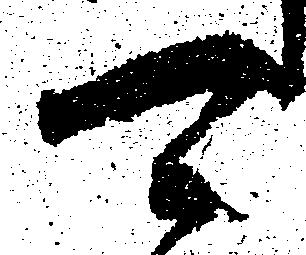
可